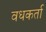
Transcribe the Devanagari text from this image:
वधकर्ता